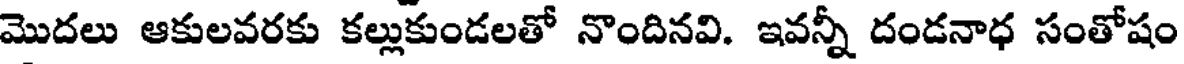
మొదలు ఆకులవరకు కల్లుకుండలతో నొందినవి. ఇవన్నీ దండనాధ సంతోషం